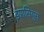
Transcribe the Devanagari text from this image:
इग्नासियुस